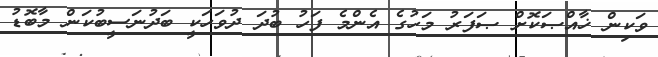
ވަކިން ޚާއްޞަކޮށް ޞަފަރު މަހުގެ އެންމެ ފަހު ބުދަ ދުވަހަކީ ބަދުނަސީބުކަން މާބޮޑު